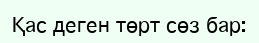
Қас деген төрт сөз бар: